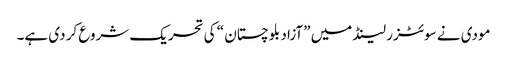
مودی نے سوئٹزر لینڈ میں ”آزاد بلوچستان “ کی تحریک شروع کر دی ہے۔